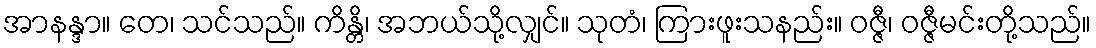
အာနန္ဒာ။ တေ၊ သင်သည်။ ကိန္တိ၊ အဘယ်သို့လျှင်။ သုတံ၊ ကြားဖူးသနည်း။ ဝဇ္ဇီ၊ ဝဇ္ဇီမင်းတို့သည်။